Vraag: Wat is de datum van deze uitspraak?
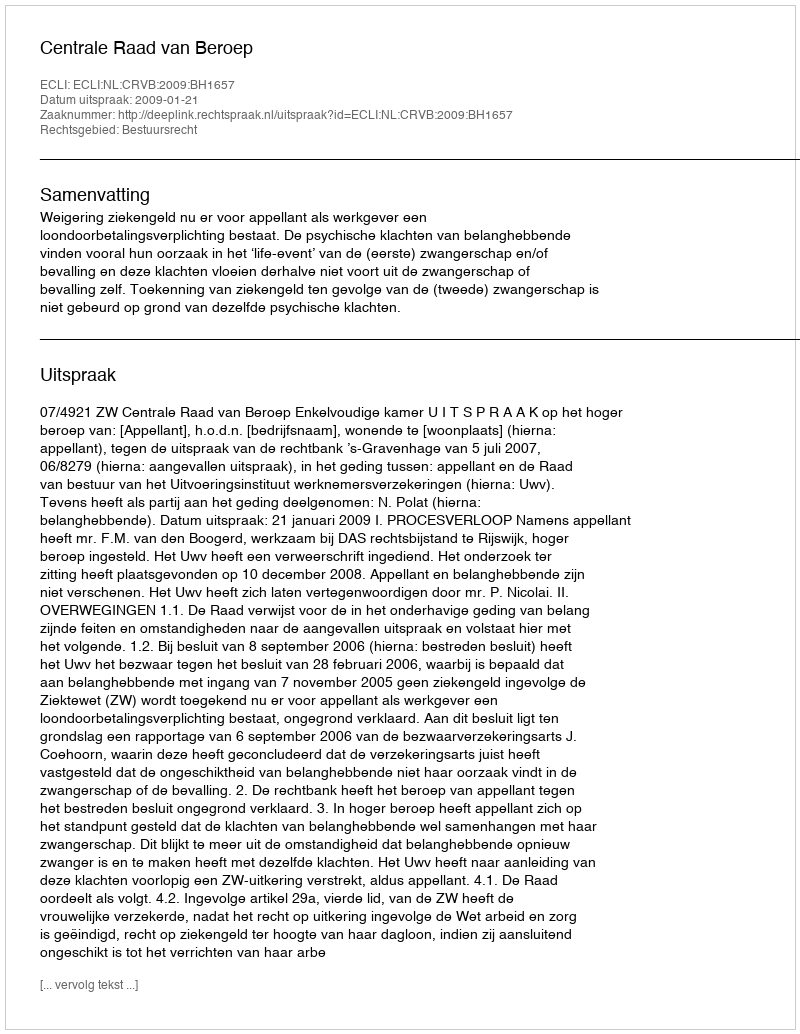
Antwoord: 2009-01-21